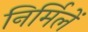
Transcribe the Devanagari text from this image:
निर्मिलें